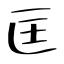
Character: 匡